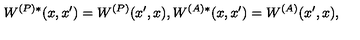
W ^ { ( P ) * } ( x , x ^ { \prime } ) = W ^ { ( P ) } ( x ^ { \prime } , x ) , W ^ { ( A ) * } ( x , x ^ { \prime } ) = W ^ { ( A ) } ( x ^ { \prime } , x ) ,